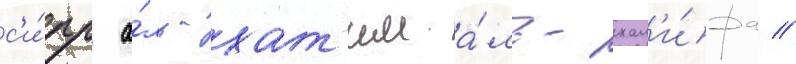
с'и́рр а́ль-хат'им а́ль-хал'и́фа //